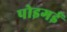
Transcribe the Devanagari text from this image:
पोइगई